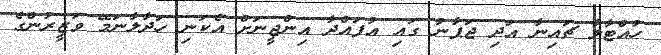
ހުއްޓާލާ ޗައިނާ އަދި ޖަޕާނު ގައި އުފައްދާ އިންޖީނަށް އެކަނި ހަދާލާނަމޭ ވަޒީރުންގެ